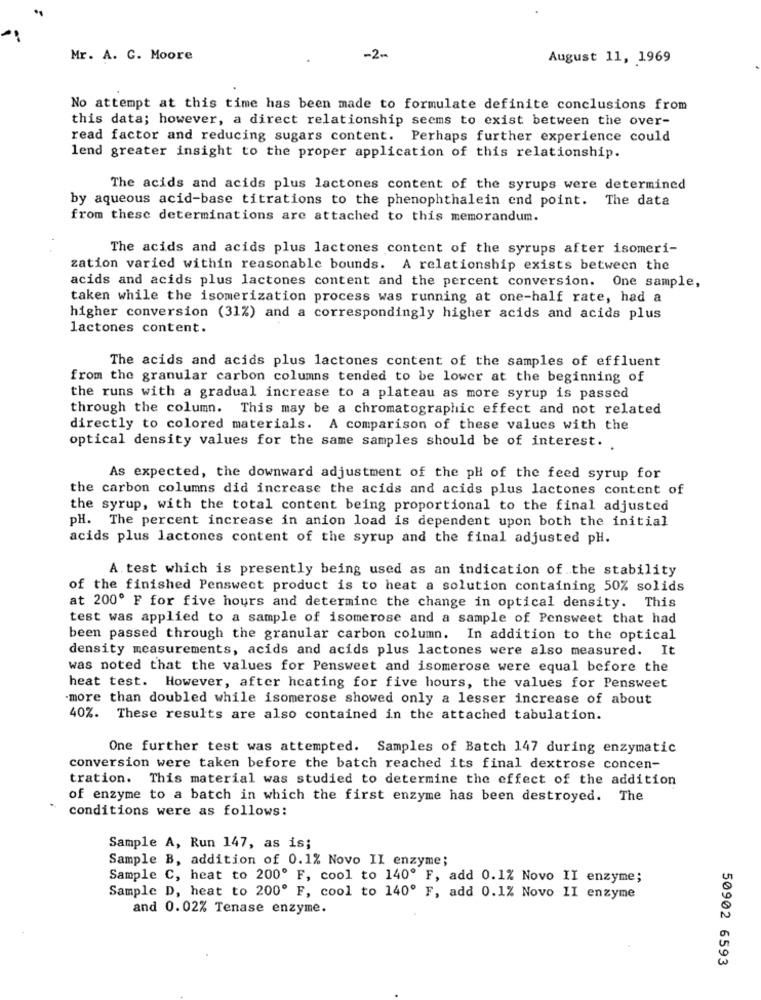
Mr. A. C. Moore
-2 --
August 11, 1969
No attempt at this time has been made to formulate definite conclusions from
this data; however, a direct relationship seems to exist between the over-
read factor and reducing sugars content. Perhaps further experience could
lend greater insight to the proper application of this relationship.
The acids and acids plus lactones content of the syrups were determined
by aqueous acid-base titrations to the phenophthalein end point. The data
from these determinations are attached to this memorandum.
The acids and acids plus lactones content of the syrups after isomeri-
zation varied within reasonable bounds. A relationship exists between the
acids and acids plus lactones content and the percent conversion. One sample,
taken while the isomerization process was running at one-half rate, had a
higher conversion (31%) and a correspondingly higher acids and acids plus
lactones content.
The acids and acids plus lactones content of the samples of effluent
from the granular carbon columns tended to be lower at the beginning of
the runs with a gradual increase to a plateau as more syrup is passed
through the column. This may be a chromatographic effect and not related
directly to colored materials. A comparison of these values with the
optical density values for the same samples should be of interest.
As expected, the downward adjustment of the pH of the feed syrup for
the carbon columns did increase the acids and acids plus lactones content of
the syrup, with the total content being proportional to the final adjusted
pH. The percent increase in anion load is dependent upon both the initial
acids plus lactones content of the syrup and the final adjusted pH.
A. test which is presently being used as an indication of the stability
of the finished Pensweet product is to heat a solution containing 50% solids
at 200º F for five hours and determine the change in optical density. This
test was applied to a sample of isomerose and a sample of Pensweet that had
been passed through the granular carbon column. In addition to the optical
density measurements, acids and acids plus lactones were also measured. It
was noted that the values for Pensweet and isomerose were equal before the
heat test. However, after heating for five hours, the values for Pensweet
more than doubled while isomerose showed only a lesser increase of about
40%. These results are also contained in the attached tabulation.
One further test was attempted. Samples of Batch 147 during enzymatic
conversion were taken before the batch reached its final dextrose concen-
tration. This material was studied to determine the effect of the addition
of enzyme to a batch in which the first enzyme has been destroyed. The
conditions were as follows:
Sample A, Run 147, as is;
Sample B, addition of 0.1% Novo II enzyme;
Sample C, heat to 200º F, cool to 140º F, add 0.1% Novo II enzyme;
Sample D, heat to 200º F, cool to 140º F, add 0.1% Novo II enzyme
and 0.02% Tenase enzyme.
50902 6593